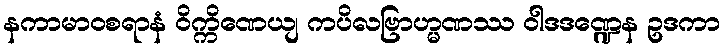
နကာမာဝစရာနံ ဝိက္ကိဏေယျ ကပိလဗြာဟ္မဏဿ ဝါဒဒဏ္ဍေန ဥဒကာ